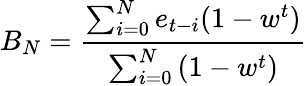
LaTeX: B_{N}=\frac{\sum_{i=0}^{N}e_{t-i}(1-w^{t})}{\sum_{i=0}^{N}\left(1-w^{t}\right)}